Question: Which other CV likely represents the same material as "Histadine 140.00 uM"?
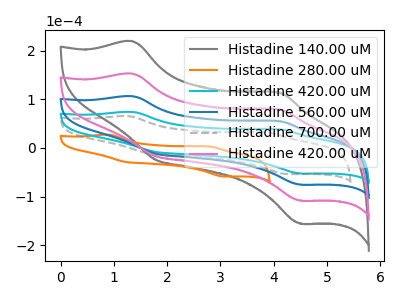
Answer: <think>The gray curve "Histadine 140.00 uM" has anodic peaks at (1.35V, 319.30uA) (4.10V, 165.30uA) and cathodic peaks at (1.80V, -35.20uA) (4.50V, -226.55uA). The orange curve "Histadine 280.00 uM" has anodic peaks at (0.90V, 27.30uA) (2.80V, 3.05uA) and cathodic peaks at (1.20V, -28.50uA) (3.05V, -58.65uA). The cyan curve "Histadine 420.00 uM" has anodic peaks at (1.35V, 74.10uA) (4.10V, 38.35uA) and cathodic peaks at (1.80V, -8.15uA) (4.50V, -52.60uA). The blue curve "Histadine 560.00 uM" has anodic peaks at (1.35V, 106.45uA) (4.10V, 55.10uA) and cathodic peaks at (1.80V, -11.75uA) (4.50V, -75.50uA). The gray dashed curve "Histadine 700.00 uM" has anodic peaks at (1.25V, 65.50uA) (3.85V, 31.90uA) and cathodic peaks at (1.70V, -11.90uA) (4.25V, -53.70uA). The pink curve "Histadine 420.00 uM" has anodic peaks at (1.35V, 212.85uA) (4.10V, 110.20uA) and cathodic peaks at (1.80V, -23.45uA) (4.50V, -151.00uA).
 "Histadine 140.00 uM" and "Histadine 280.00 uM" have at least one peak that do not match. All the peaks in "Histadine 140.00 uM" have a peak in "Histadine 420.00 uM" at the same potential. Every peak in "Histadine 140.00 uM" is higher than every peak in "Histadine 420.00 uM". All the peaks in "Histadine 140.00 uM" have a peak in "Histadine 560.00 uM" at the same potential. Every peak in "Histadine 140.00 uM" is higher than every peak in "Histadine 560.00 uM". "Histadine 140.00 uM" and "Histadine 700.00 uM" have at least one peak that do not match. All the peaks in "Histadine 140.00 uM" have a peak in "Histadine 420.00 uM" at the same potential. Every peak in "Histadine 140.00 uM" is higher than every peak in "Histadine 420.00 uM". "Histadine 280.00 uM" and "Histadine 420.00 uM" have at least one peak that do not match. "Histadine 280.00 uM" and "Histadine 560.00 uM" have at least one peak that do not match. "Histadine 280.00 uM" and "Histadine 700.00 uM" have at least one peak that do not match. "Histadine 280.00 uM" and "Histadine 420.00 uM" have at least one peak that do not match. All the peaks in "Histadine 420.00 uM" have a peak in "Histadine 560.00 uM" at the same potential. Every peak in "Histadine 420.00 uM" is lower than every peak in "Histadine 560.00 uM". "Histadine 420.00 uM" and "Histadine 700.00 uM" have at least one peak that do not match. All the peaks in "Histadine 420.00 uM" have a peak in "Histadine 420.00 uM" at the same potential. Every peak in "Histadine 420.00 uM" is lower than every peak in "Histadine 420.00 uM". "Histadine 560.00 uM" and "Histadine 700.00 uM" have at least one peak that do not match. All the peaks in "Histadine 560.00 uM" have a peak in "Histadine 420.00 uM" at the same potential. Every peak in "Histadine 560.00 uM" is lower than every peak in "Histadine 420.00 uM". "Histadine 700.00 uM" and "Histadine 420.00 uM" have at least one peak that do not match.</think>
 <answer>"Histadine 140.00 uM", "Histadine 560.00 uM" and "Histadine 420.00 uM" have a similar shape to "Histadine 420.00 uM".</answer>
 <eval>"Histadine 140.00 uM" "Histadine 560.00 uM" "Histadine 420.00 uM"</eval>